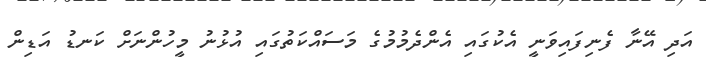
އަދި އޭނާ ފެނިފައިވަނީ އެކުގައި އެންދެމުމުގެ މަސައްކަތުގައި އުޅުނު މީހުންނަށް ކަނޑު އަޑިން